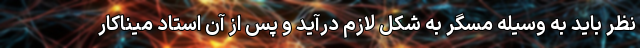
نظر باید به وسیله مسگر به شکل لازم درآید و پس از آن استاد میناکار